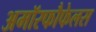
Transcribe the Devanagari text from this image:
अमॉरफौफेलस